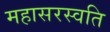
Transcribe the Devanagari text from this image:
महासरस्वति